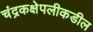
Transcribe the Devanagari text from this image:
चंद्रकक्षेपलीकडील